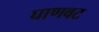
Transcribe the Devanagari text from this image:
घाणवट